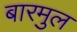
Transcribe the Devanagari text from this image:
बारमुल